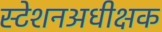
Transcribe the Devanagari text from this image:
स्टेशनअधीक्षक